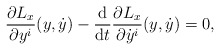
\begin{gather*} \frac{ \partial L _x }{ \partial y ^i } ( y , \dot{y} ) - \frac{\mathrm{d}}{\mathrm{d}t} \frac{ \partial L _x }{ \partial \dot{y} ^i } ( y , \dot{y} ) = 0 , \end{gather*}